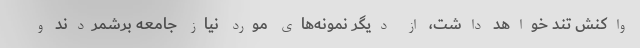
واکنش تند خواهد داشت، از دیگر نمونه‌های مورد نیاز جامعه برشمردند و